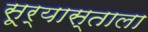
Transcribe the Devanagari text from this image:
सूर्यास्ताला